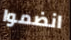
انضموا